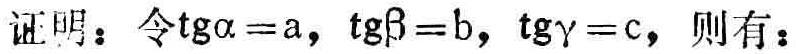
证明：令\(\tan\alpha = a\)，\(\tan\beta = b\)，\(\tan\gamma = c\)，则有：